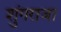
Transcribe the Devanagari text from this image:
शुंगराजा